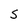
Character: S